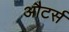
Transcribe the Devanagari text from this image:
औटर्स